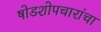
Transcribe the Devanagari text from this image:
षोडशोपचारांचा